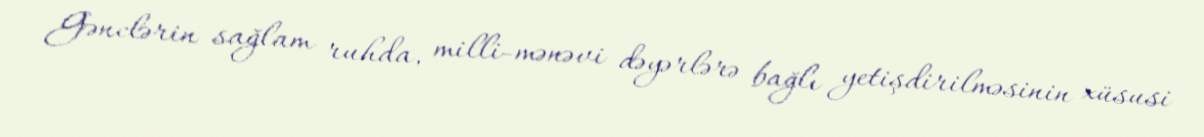
Gənclərin sağlam ruhda, milli-mənəvi dəyərlərə bağlı yetişdirilməsinin xüsusi